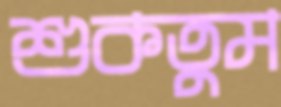
শুকতুম